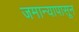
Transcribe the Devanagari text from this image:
जमान्यापासून